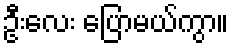
ဦးလေး ပြောမယ်ကွာ။